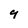
Character: 9